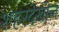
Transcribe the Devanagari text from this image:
शहरदेखील